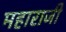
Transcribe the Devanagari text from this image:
महाराजी